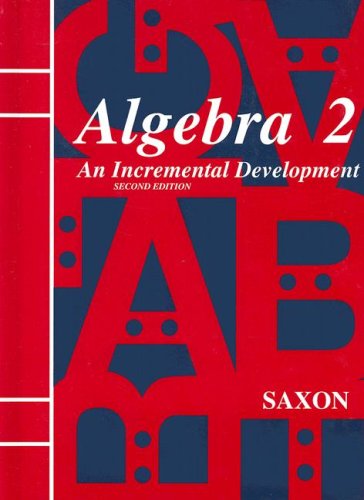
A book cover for Saxon Algebra 2: An Incremental Development, 2nd Edition; Jr. John H. Saxon; Teen & Young Adult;